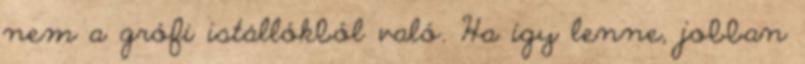
nem a grófi istállókból való. Ha így lenne, jobban